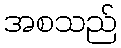
အစသည်